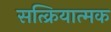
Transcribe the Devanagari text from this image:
सत्क्रियात्मक